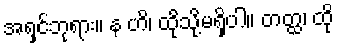
အရှင်ဘုရား။ န ဟိ၊ ထိုသို့မရှိပါ။ တတ္ထ၊ ထို